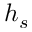
h _ { s }